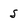
Character: S